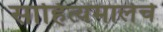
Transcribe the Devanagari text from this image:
साहित्यमालेचे